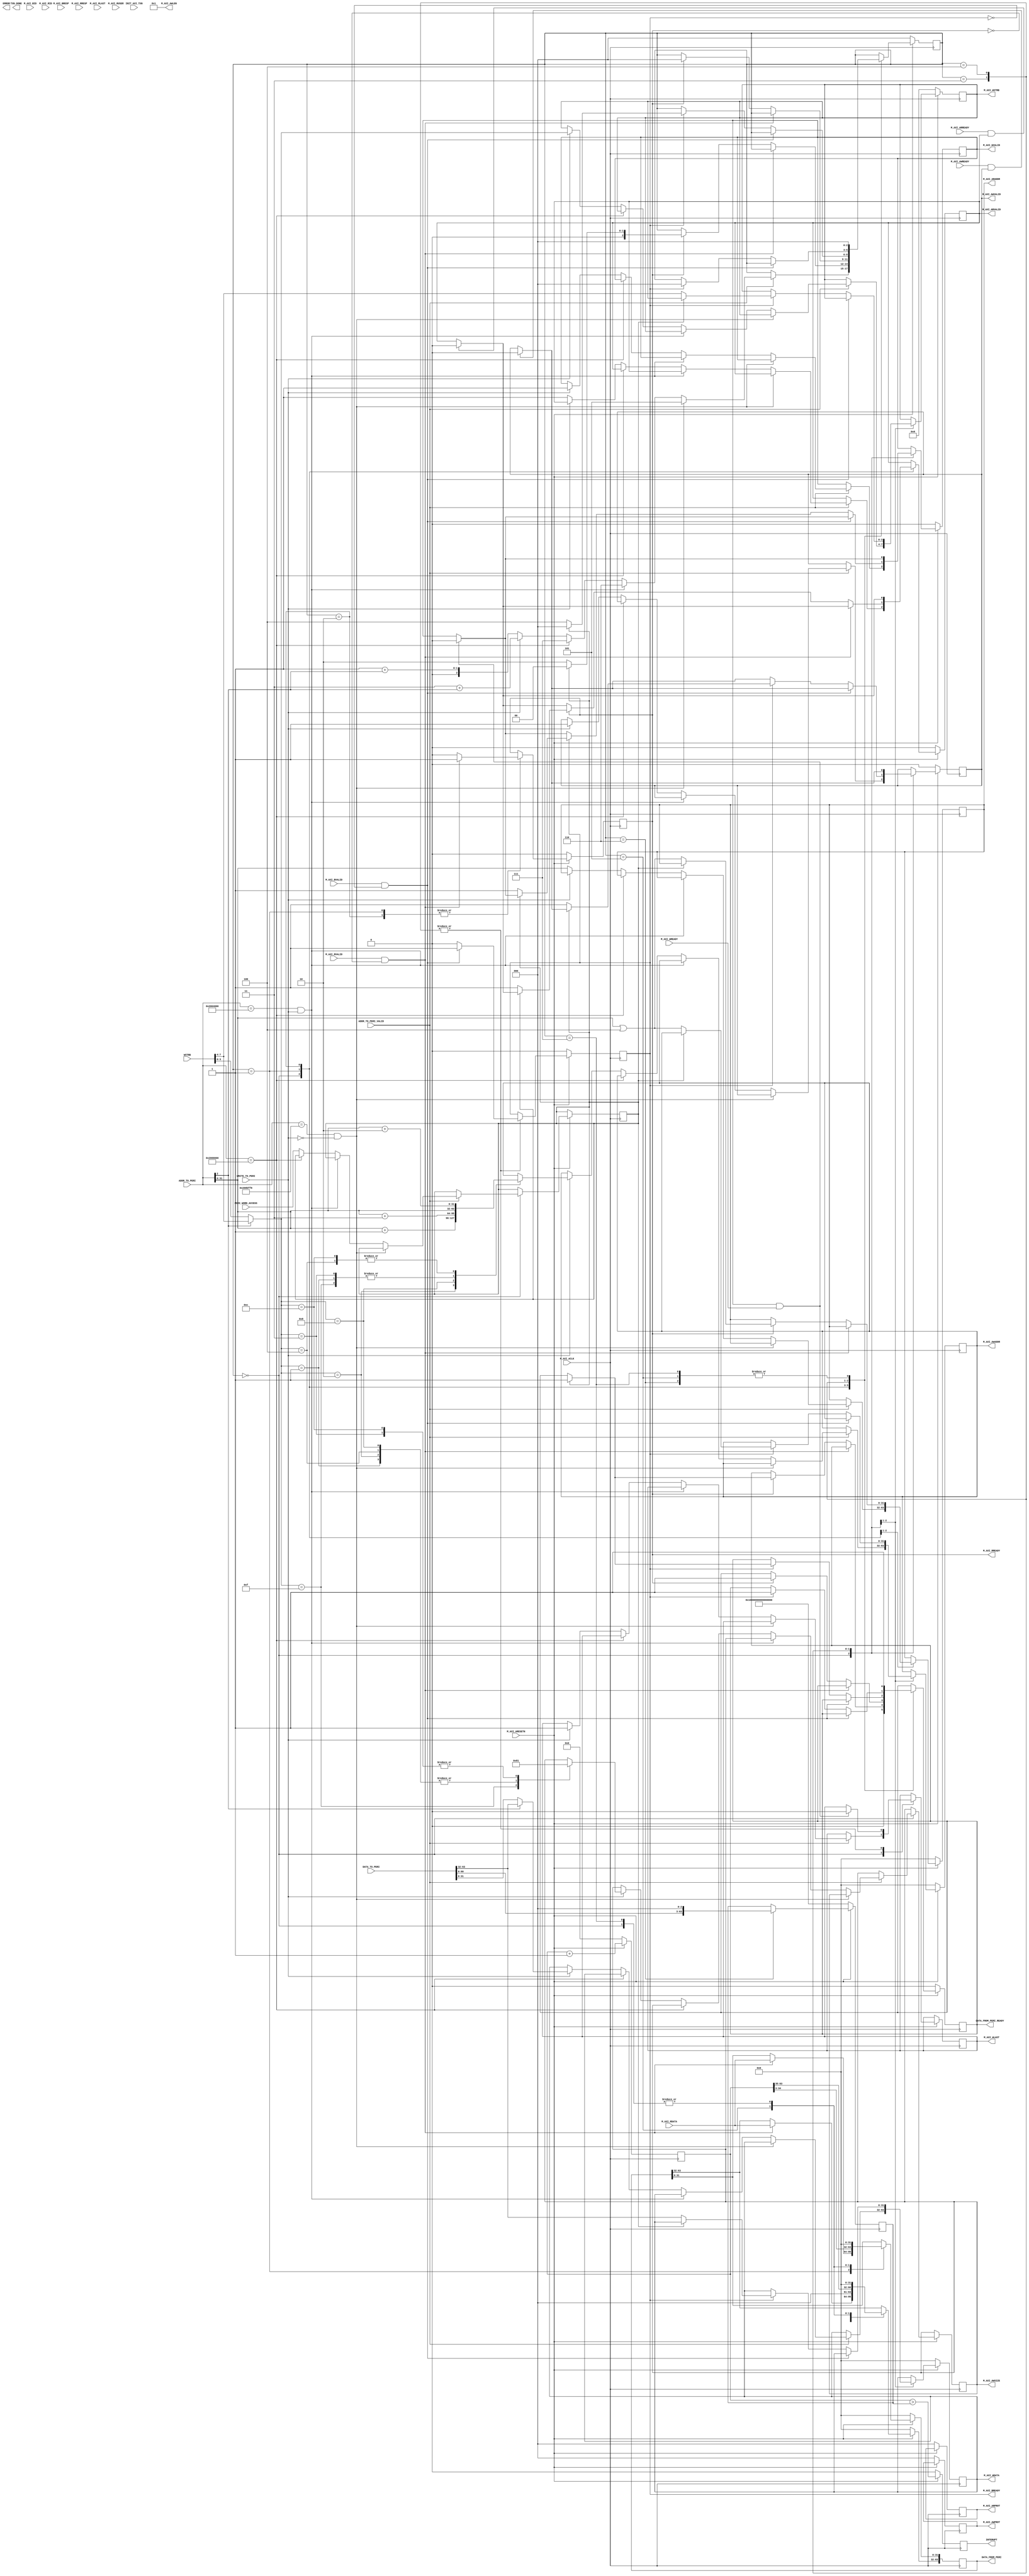
module peripheral_master#(
		parameter  C_M_TARGET_SLAVE_BASE_ADDR	= 32'h00010000,
		parameter integer C_M_AXI_BURST_LEN	= 8,
		parameter integer C_M_AXI_ID_WIDTH	= 1,
		parameter integer C_M_AXI_ADDR_WIDTH	= 32,
		parameter integer C_M_AXI_DATA_WIDTH	= 32,
		parameter integer C_M_AXI_AWUSER_WIDTH	= 0,
		parameter integer C_M_AXI_ARUSER_WIDTH	= 0,
		parameter integer C_M_AXI_WUSER_WIDTH	= 0,
		parameter integer C_M_AXI_RUSER_WIDTH	= 0,
		parameter integer C_M_AXI_BUSER_WIDTH	= 0
	)(

	(* mark_debug = "true" *)	input		ADDR_TO_PERI_VALID,
(* mark_debug = "true" *)	input [63:0] ADDR_TO_PERI,
	input [63:0] 	DATA_TO_PERI,
	input PERI_WORD_ACCESS,
	output reg DATA_FROM_PERI_READY,
	output reg [63:0]  DATA_FROM_PERI,
	input  			WRITE_TO_PERI,
		input wire  INIT_AXI_TXN,
		output wire  TXN_DONE,
		output reg  ERROR,
		input wire  M_AXI_ACLK,
		input wire  M_AXI_ARESETN,
		output reg [C_M_AXI_ADDR_WIDTH-1 : 0] M_AXI_AWADDR,
		output reg [7 : 0] M_AXI_AWLEN=1,
		output reg [2 : 0] M_AXI_AWSIZE,
		output reg [2 : 0] M_AXI_AWPROT=0,
		output reg  M_AXI_AWVALID,
		input  wire  M_AXI_AWREADY,
		output reg [C_M_AXI_DATA_WIDTH-1 : 0] M_AXI_WDATA,
		output reg [C_M_AXI_DATA_WIDTH/8-1 : 0] M_AXI_WSTRB,
		output reg  M_AXI_WLAST,
		output reg  M_AXI_WVALID,
		input wire  M_AXI_WREADY,
		input wire [C_M_AXI_ID_WIDTH-1 : 0] M_AXI_BID,
		input wire [1 : 0] M_AXI_BRESP,
		input wire  M_AXI_BVALID,
		output reg  M_AXI_BREADY,
		output reg [C_M_AXI_ADDR_WIDTH-1 : 0] M_AXI_ARADDR,
		output reg [2 : 0] M_AXI_ARPROT=0,
		output reg  M_AXI_ARVALID,
		input wire  M_AXI_ARREADY,
		input wire [0: 0] M_AXI_RID,
		input wire [C_M_AXI_DATA_WIDTH-1 : 0] M_AXI_RDATA,
		input wire [1 : 0] M_AXI_RRESP,
		input wire  M_AXI_RLAST,
		input wire [0 : 0] M_AXI_RUSER,
		input wire  M_AXI_RVALID,
		output reg  M_AXI_RREADY,
		output reg INTERUPT,
		input [7:0]   WSTRB               
);
`define CLINT_ADDR 32'h2000000
`define MTIME_ADDR 32'hbff8
`define MTIMECMP_ADDR 32'h4000
localparam integer idle=0;
localparam integer load_word_low =1;
localparam integer load_word_high=2;
localparam integer write_word_low=3;
localparam integer write_word_high=4;
localparam integer mtime_read=5;
localparam integer mcomp_write=6;
localparam integer junk_rw=7;

reg word_access;
(* mark_debug = "true" *) reg [2:0]  master_state;
(* mark_debug = "true" *) reg [63:0] mtime_reg;
(* mark_debug = "true" *) reg [63:0] mtime_comp_reg;

always@(posedge M_AXI_ACLK) begin
	if(~M_AXI_ARESETN) begin
		mtime_reg <=0;
		mtime_comp_reg <= -1;
		DATA_FROM_PERI_READY <=0;
		DATA_FROM_PERI <=0;
		M_AXI_AWADDR <=0;
		M_AXI_AWPROT <=0;
		M_AXI_AWVALID <=0;
		M_AXI_BREADY <=0;
		M_AXI_ARADDR <=0;
		M_AXI_ARPROT <=0;
		M_AXI_ARVALID <=0;
		M_AXI_WVALID <=0;
		M_AXI_WSTRB <=0; 
		M_AXI_WDATA <=0;
		M_AXI_RREADY <=0;
		master_state <=idle;
        INTERUPT <= 0;
	end
	else begin
        INTERUPT <= mtime_reg > mtime_comp_reg;
		mtime_reg <= mtime_reg+1;
		case(master_state)
			idle: begin
				DATA_FROM_PERI <=0;
				DATA_FROM_PERI_READY <=0;
				if(ADDR_TO_PERI_VALID) begin
					if((ADDR_TO_PERI==(`CLINT_ADDR+`MTIME_ADDR)) & ~WRITE_TO_PERI) begin
						master_state <= mtime_read;
					end
					else if((ADDR_TO_PERI==(`CLINT_ADDR+`MTIMECMP_ADDR)) & WRITE_TO_PERI) begin
						master_state <= mcomp_write;
					end
					else if(ADDR_TO_PERI==`CLINT_ADDR) begin
						master_state <= junk_rw;
					end
					else begin
						word_access <= PERI_WORD_ACCESS;
					 	if(~WRITE_TO_PERI) begin
							master_state <= (load_word_low + ADDR_TO_PERI[2]);
							M_AXI_ARVALID <=1;
							M_AXI_ARADDR  <= ADDR_TO_PERI;

						end
						else begin
							master_state <= (write_word_low + ADDR_TO_PERI[2]);
							M_AXI_AWVALID <=1;
							M_AXI_WVALID <= 1;
							M_AXI_WDATA <= ADDR_TO_PERI[2]?  DATA_TO_PERI[63: 32] : DATA_TO_PERI[31: 0] ;
							M_AXI_WSTRB <=  ADDR_TO_PERI[2]? WSTRB[7:4] : WSTRB[3:0] ;
							case(ADDR_TO_PERI[2]? WSTRB[7:4] : WSTRB[3:0] )
								4'b1111: begin
									M_AXI_AWADDR<=ADDR_TO_PERI;
									M_AXI_AWSIZE <= 2; 
								end	
								4'b0001: begin
									M_AXI_AWADDR<=ADDR_TO_PERI;
									M_AXI_AWSIZE <= 0; 
								end	
								4'b0010: begin
									M_AXI_AWADDR<=ADDR_TO_PERI+1;
									M_AXI_AWSIZE <= 0; 
								end	
								4'b0100: begin
									M_AXI_AWADDR<=ADDR_TO_PERI+2;
									M_AXI_AWSIZE <= 0; 
								end	
								4'b1000: begin
									M_AXI_AWADDR<=ADDR_TO_PERI+3;
									M_AXI_AWSIZE <= 0; 
								end	
								4'b0011: begin
									M_AXI_AWADDR<=ADDR_TO_PERI;
									M_AXI_AWSIZE <= 1; 
								end	
								4'b1100: begin
									M_AXI_AWADDR<=ADDR_TO_PERI+2;
									M_AXI_AWSIZE <= 1; 
								end	
							endcase

							M_AXI_WLAST <= 1;

						end
					end
				end
			end
			load_word_low: begin
				if(M_AXI_ARREADY & M_AXI_ARVALID) begin
					M_AXI_ARVALID <=0;
				end
				if(M_AXI_RVALID & ~M_AXI_RREADY) begin
					M_AXI_RREADY <=1;
					DATA_FROM_PERI[31:0] <= M_AXI_RDATA;
				end
				else if(M_AXI_RREADY) begin
					M_AXI_RREADY <=0;
					if(word_access) begin
						master_state <= idle;
						DATA_FROM_PERI_READY <=1;
					end
					else begin
						master_state <= load_word_high;
						M_AXI_ARVALID <=1;
						M_AXI_ARADDR  <= ADDR_TO_PERI| 32'b100;
					end
				end
			end
			load_word_high: begin
				if(M_AXI_ARREADY & M_AXI_ARVALID) begin
                     M_AXI_ARVALID <=0;
                 end
                 if(M_AXI_RVALID & ~M_AXI_RREADY) begin
                     M_AXI_RREADY <=1;
                     DATA_FROM_PERI[63:32] <= M_AXI_RDATA;
                 end
                 else if(M_AXI_RREADY) begin
                     M_AXI_RREADY <=0;
					 master_state <= idle;
					 DATA_FROM_PERI_READY <=1;
               	 end			
			end
			write_word_low: begin
				if(M_AXI_AWREADY & M_AXI_AWVALID) begin
					M_AXI_AWVALID <=0;
				end
				if(M_AXI_WVALID & M_AXI_WREADY) begin
					M_AXI_WVALID <=0;
					M_AXI_WLAST <=0;
				end
				if(M_AXI_BVALID  & ~M_AXI_BREADY) begin
					M_AXI_BREADY <=1;
				end
				else if (M_AXI_BREADY) begin
					M_AXI_BREADY <= 0;
					if(word_access) begin
						master_state <=idle;
						DATA_FROM_PERI_READY <= 1;
					end
					else begin
						master_state <= write_word_high;
						M_AXI_AWVALID <=1;
						M_AXI_AWADDR <=   ADDR_TO_PERI|32'b100; 
						M_AXI_WVALID <= 1;
						M_AXI_WDATA <= DATA_TO_PERI[63: 32];
						M_AXI_WSTRB <=  WSTRB[7:4];
					end
				end//BREADY
			end//case write low
			write_word_high: begin
				if(M_AXI_AWREADY & M_AXI_AWVALID) begin
					M_AXI_AWVALID <=0;
				end
				if(M_AXI_WVALID & M_AXI_WREADY) begin
					M_AXI_WVALID <=0;
					M_AXI_WLAST <=0;
				end
				if(M_AXI_BVALID  & ~M_AXI_BREADY) begin
					M_AXI_BREADY <=1;
				end
				else if (M_AXI_BREADY) begin
					M_AXI_BREADY <= 0;
					master_state <=idle;
					DATA_FROM_PERI_READY <= 1;
				end//BREADY
			end//case write low	
			mtime_read: begin
				DATA_FROM_PERI <= mtime_reg>>3;
				DATA_FROM_PERI_READY <= 1;
				master_state <= idle;
			end
			mcomp_write: begin
				DATA_FROM_PERI_READY <=1;
				mtime_comp_reg <= DATA_TO_PERI<<3;
				master_state <= idle;
			end
			junk_rw: begin
				DATA_FROM_PERI <= 0;
				DATA_FROM_PERI_READY <= 1;
				master_state <= idle;
			end
		endcase
	end // else if
	end // always
endmodule